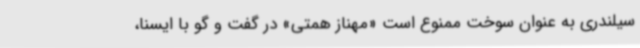
سیلندری به عنوان سوخت ممنوع است «مهناز همتی» در گفت و گو با ایسنا،